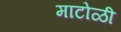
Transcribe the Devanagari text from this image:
माटोळी